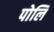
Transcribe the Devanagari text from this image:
पोलि